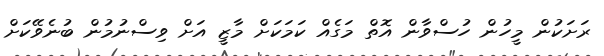
ރަށަކުން މީހުން ހުސްވާން އޮތް މަގެއް ކަމަކަށް މާޒީ އަށް ވިސްނުމުން ބުނެވޭކަށް